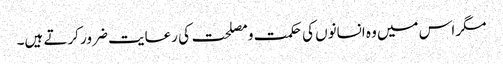
مگر اس میں وہ انسانوں کی حکمت و مصلحت کی رعایت ضرور کرتے ہیں۔